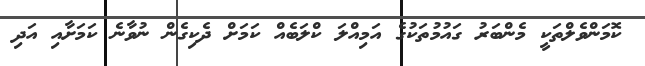
ކޮމަންވެލްތަކީ މެންބަރު ގައުމުތަކުގެ އަމިއްލަ ކްލަބެއް ކަމަށް ދެކިގެން ނުވާނެ ކަމަށާއި އަދި